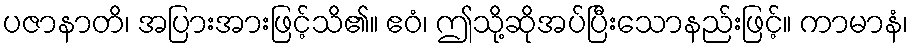
ပဇာနာတိ၊ အပြားအားဖြင့်သိ၏။ ဧဝံ၊ ဤသို့ဆိုအပ်ပြီးသောနည်းဖြင့်။ ကာမာနံ၊